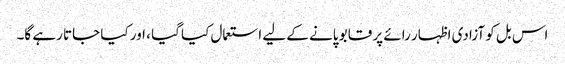
اس بل کو آزادی اظہار رائے پر قابو پانے کے لیے استعمال کیا گیا ، اور کیا جاتا رہے گا۔